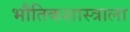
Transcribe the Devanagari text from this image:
भौतिकशास्त्राला